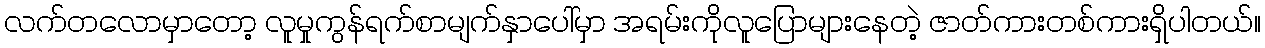
လက်တလောမှာတော့ လူမှုကွန်ရက်စာမျက်နှာပေါ်မှာ အရမ်းကိုလူပြောများနေတဲ့ ဇာတ်ကားတစ်ကားရှိပါတယ်။